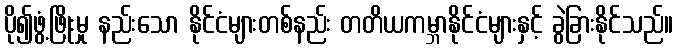
ပို၍ဖွံ့ဖြိုးမှု နည်းသော နိုင်ငံများတစ်နည်း တတိယကမ္ဘာနိုင်ငံများနှင့် ခွဲခြားနိုင်သည်။